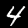
Label: 4